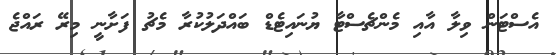
އެސްޓަން ވިލާ އާއި މެންޗެސްޓާ ޔުނައިޓެޑް ބައްދަލުކުރާ މެޗު ފަށާނީ މިރޭ ރައްޖެ